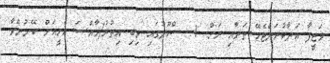
ވަޒީފާ އަދާކުރަންޖެހޭ ތަނާއި ރަށް: 1. ސްކޫލުގައި ތިބި އިތުރު/ޚާއްޞަ އެހީއަށް ބޭނުންވާ